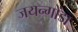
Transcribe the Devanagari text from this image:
जयन्गोंडा